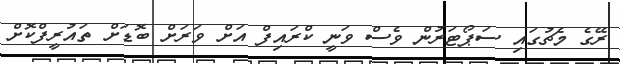
ރޭގެ މެޗުގައި ސަޕޯޓަރުން ވެސް ވަނީ ކްރައިފް އަށް ވަރަށް ބޮޑަށް ތައުރީފްކޮށް